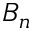
B _ { n }